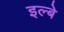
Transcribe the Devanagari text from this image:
इल्बे